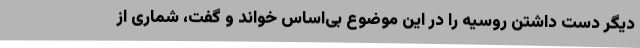
دیگر دست داشتن روسیه را در این موضوع بی‌اساس خواند و گفت، شماری از